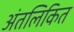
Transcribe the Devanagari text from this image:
अंतलिकित